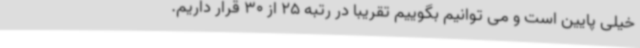
خیلی پایین است و می توانیم بگوییم تقریبا در رتبه 25 از 30 قرار داریم.